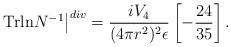
LaTeX: \begin{align*}\left.{\rm Trln}N^{-1}\right\vert^{div}=\frac{iV_{4}}{(4\pi r^{2})^{2}\epsilon}\left[-\frac{24}{35}\right].\end{align*}